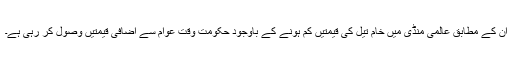
ان کے مطابق عالمی منڈی میں خام تیل کی قیمتیں کم ہونے کے باوجود حکومتِ وقت عوام سے اضافی قیمتیں وصول کر رہی ہے۔